Lunatic asylums in Bengal annual reports 1899-1911 - 1899-1911
Year: 1899
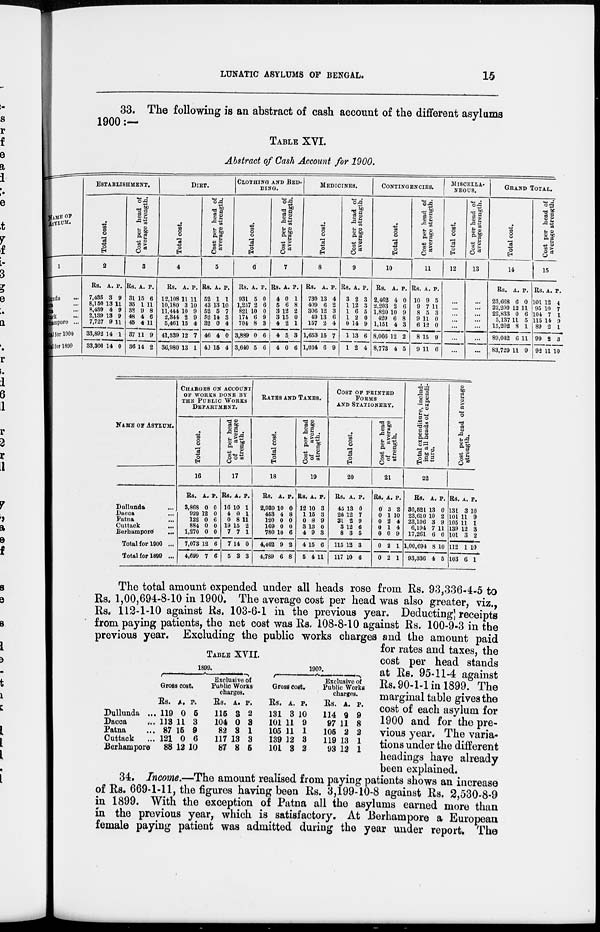
LUNATIC ASYLUMS OF BENGAL.
15
33. The following is an abstract of cash account of the different asylums
1900:—
TABLE XVI.
Abstract of Cash Account for 1900.
NAME OF
ASYLUM.
1
Dullunda ...
ca ...
na ...
tack
...
Berhampore ...
tal for 1900
tal for 1899
ESTABLISHMENT.
Total cost.
2
Rs.
7,435
8,150
8,439
2,139
7,727
38,892
33,300
A.
3
13
4
13
9
14
14
P.
9
11
9
9
11
1
0
Cost per head of
average strength.
3
Rs.
31
35
38
48
45
37
36
A.
15
1
9
4
4
11
14
P.
6
11
8
6
11
9
2
DIET.
Total cost.
4
Rs.
12,108
10,180
11,444
2,344
5,461
41,539
36,980
A.
11
3
10
2
15
12
13
P.
11
10
9
9
4
7
1
Cost per head of
average strength.
5
Rs.
52
43
52
52
32
46
40
A.
1
13
5
14
0
4
15
P.
1
10
7
3
4
0
4
CLOTHING AND BED-
DING.
Total cost.
6
Rs.
931
1,257
821
174
704
3,889
3,640
A.
5
2
10
6
8
0
5
P.
0
6
0
9
3
6
6
Cost per head of
average strength.
7
Rs.
4
5
3
3
4
4
4
A.
0
6
12
15
2
5
0
P.
1
8
2
0
1
3
6
MEDICINES.
Total cost.
8
Rs.
730
409
306
49
157
1,653
1,034
A.
13
6
12
13
2
15
6
P.
4
2
3
6
4
7
9
Cost per head of
average strength.
9
Rs.
3
1
1
1
0
1
1
A.
2
12
6
2
14
13
2
P.
3
3
5
0
9
6
4
CONTINGENCIES.
Total cost.
10
Rs.
2,462
2,203
1,820
429
1,151
8,066
8,773
A.
4
2
10
6
4
12
4
P.
0
6
9
8
3
2
5
Cost per head of
average strength.
11
Rs.
10
9
8
9
6
8
9
A.
9
7
5
11
12
15
11
P.
5
11
3
0
0
9
6
MISCELLA-
NEOUS.
Total cost.
12
...
...
...
...
...
...
...
...
Cost per head of
average strength.
13
...
...
...
...
...
...
...
...
GRAND TOTAL.
Total cost.
14
Rs.
23,668
22,200
22,833
5,137
15,202
89,042
83,729
A.
6
12
0
11
8
6
11
P.
0
11
6
5
1
11
9
Cost per head of
average strength.
15
Rs.
101
95
104
115
89
99
92
A.
12
10
7
14
2
2
11
P.
4
7
1
9
1
3
10
NAME OF ASYLUM.
Dullunda ...
Dacca
...
Patna ...
Cuttack
...
Berhampore
...
Tota for 1900 ...
Total for 1899 ...
CHARGES ON ACCOUNT
OF WORKS DONE BY
THE PUBLIC
WORKS
DEPARTMENT.
Total cost.
16
Rs.
3,868
929
122
884
1,270
7,073
4,699
A.
0
12
0
0
0
12
7
P.
0
0
6
0
0
6
6
Cost per head
of
average
strength.
17
Rs.
16
4
0
19
7
7
5
A.
10
0
8
15
7
14
3
P.
1
1
11
2
1
0
3
RATES AND TAXES.
Total cost.
18
Rs.
2,939
453
120
169
780
4,462
4,789
A.
10
4
0
0
10
9
6
P.
0
8
0
0
6
2
8
Cost per head
of
average
strength.
19
Rs.
12
1
0
3
4
4
5
A.
10
15
8
13
9
15
4
P.
3
3
9
0
3
6
11
COST OF PRINTED
FORMS
AND STATIONERY.
Total cost.
20
Rs.
45
26
31
3
8
115
117
A.
13
12
2
12
3
12
10
P.
0
7
9
6
5
3
6
Cost per head
of
average
strength.
21
Rs.
0
0
0
0
0
0
0
A.
3
1
2
1
0
2
2
P.
2
10
4
4
9
1
1
Total expenditure, includ-
ing all heads of expendi-
ture.
22
Rs.
30,521
23,610
23,106
6,194
17,261
1,00,694
93,336
A.
13
10
3
7
6
8
4
P.
0
2
9
11
0
10
5
Cost per head of average
Strength.
23
Rs.
131
101
105
139
101
112
103
A.
3
11
11
12
3
1
6
P.
10
9
1
3
2
10
1
TABLE XVII.
Dullunda ...
Dacca ...
Patna ...
Cuttack ...
Berhampore
1899.
Gross cost.
Rs.
119
113
87
121
88
A.
0
11
15
0
12
P.
5
3
9
6
10
Exclusive of
Public Works
charges.
Rs.
115
104
82
117
87
A.
3
0
3
13
8
P.
2
3
1
3
5
1900.
Gross cost.
Rs.
131
101
105
139
101
A.
3
11
11
12
3
P.
10
9
1
3
2
Exclusive of
Public Works
charges.
Rs.
114
97
105
119
93
A.
9
11
2
13
12
P.
9
8
2
1
1
The total amount expended under all heads rose from Rs. 93,336-4-5 to
Rs. 1,00,694-8-10 in 1900. The average cost per head was also greater, viz.,
Rs. 112-1-10 against Rs. 103-6-1 in the previous year. Deducting] receipts
from paying patients, the net cost was Rs. 108-8-10 against Rs. 100-9-3 in the
previous year. Excluding the public works charges and the amount paid
for rates and taxes, the
cost per head stands
at Rs. 95-11-4 against
Rs. 90-1-1 in 1899. The
marginal table gives the
cost of each asylum for
1900 and for the pre-
vious year. The varia-
tions under the different
headings have already
been explained.
34. Income.—The amount realised from paying patients shows an increase
of Rs. 669-1-11, the figures having been Rs. 3,199-10-8 against Rs. 2,530-8-9
in 1899. With the exception of Patna all the asylums earned more than
in the previous year, which is satisfactory. At Berhampore a European
female paying patient was admitted during the year under report. The